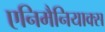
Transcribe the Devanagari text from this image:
एनिमैनियाक्स